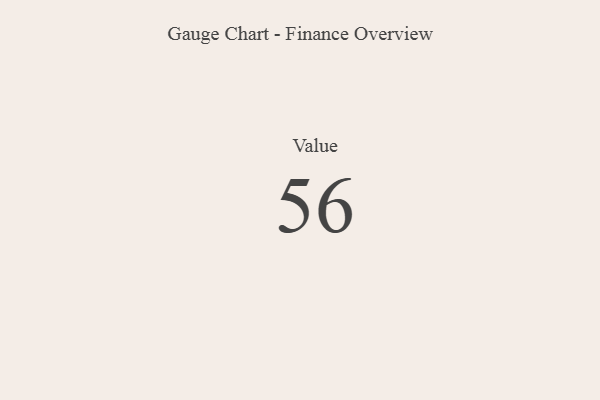
{"axis": {"x": "Metric", "y": "Value"}, "legend": [""], "data": [{"x": "Value", "y": 56, "type": ""}]}